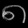
Digit: ၈